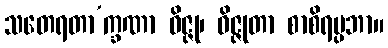
သတေရတာ’က္ခဏာ ဝိဇ္ဇု၊ ဝိဇ္ဇုတာ စာစိရပ္ပဘာ။